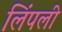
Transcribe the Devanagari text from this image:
लिंपली